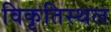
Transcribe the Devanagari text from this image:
विकृतिस्थल